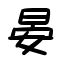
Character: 晏